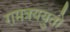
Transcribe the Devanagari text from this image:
रामत्रययुतो